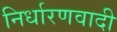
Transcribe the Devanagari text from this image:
निर्धारणवादी